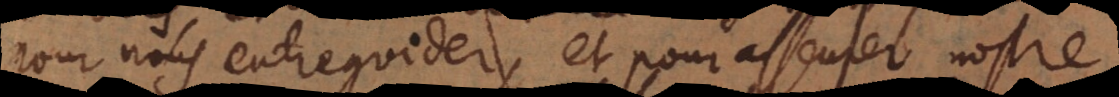
nous entreguider, et pour asseurer nostre